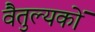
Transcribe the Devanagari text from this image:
वैतुल्यकों